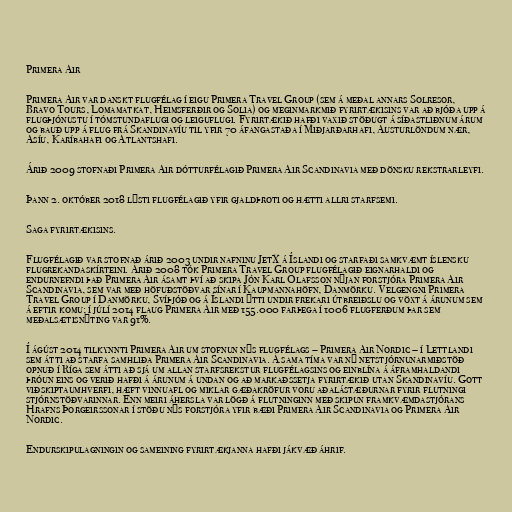
Primera Air

Primera Air var danskt flugfélag í eigu Primera Travel Group (sem á meðal annars Solresor,
Bravo Tours, Lomamatkat, Heimsferðir og Solia) og meginmarkmið fyrirtækisins var að bjóða upp á
flugþjónustu í tómstundaflugi og leiguflugi. Fyrirtækið hafði vaxið stöðugt á síðastliðnum árum
og bauð upp á flug frá Skandinavíu til yfir 70 áfangastaða í Miðjarðarhafi, Austurlöndum nær,
Asíu, Karíbahafi og Atlantshafi.

Árið 2009 stofnaði Primera Air dótturfélagið Primera Air Scandinavia með dönsku rekstrarleyfi.

Þann 2. október 2018 lýsti flugfélagið yfir gjaldþroti og hætti allri starfsemi.

Saga fyrirtækisins.

Flugfélagið var stofnað árið 2003 undir nafninu JetX á Íslandi og starfaði samkvæmt íslensku
flugrekandaskírteini. Árið 2008 tók Primera Travel Group flugfélagið eignarhaldi og
endurnefndi það Primera Air ásamt því að skipa Jón Karl Ólafsson nýjan forstjóra Primera Air
Scandinavia, sem var með höfuðstöðvar sínar í Kaupmannahöfn, Danmörku. Velgengni Primera
Travel Group í Danmörku, Svíþjóð og á Íslandi ýtti undir frekari útbreiðslu og vöxt á árunum sem
á eftir komu; í júlí 2014 flaug Primera Air með 155.000 farþega í 1006 flugferðum þar sem
meðalsætisnýting var 91%.

Í ágúst 2014 tilkynnti Primera Air um stofnun nýs flugfélags – Primera Air Nordic – í Lettlandi
sem átti að starfa samhliða Primera Air Scandinavia. Á sama tíma var ný netstjórnunarmiðstöð
opnuð í Ríga sem átti að sjá um allan starfsrekstur flugfélagsins og einblína á áframhaldandi
þróun eins og verið hafði á árunum á undan og að markaðssetja fyrirtækið utan Skandinavíu. Gott
viðskiptaumhverfi, hæft vinnuafl og miklar gæðakröfur voru aðalástæðurnar fyrir flutningi
stjórnstöðvarinnar. Enn meiri áhersla var lögð á flutninginn með skipun framkvæmdastjórans
Hrafns Þorgeirssonar í stöðu nýs forstjóra yfir bæði Primera Air Scandinavia og Primera Air
Nordic.

Endurskipulagningin og sameining fyrirtækjanna hafði jákvæð áhrif.